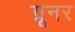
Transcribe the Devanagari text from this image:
ग्रूनर